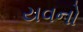
યવનો